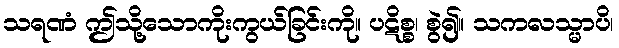
သရဏံ ဤသို့သောကိုးကွယ်ခြင်းကို။ ပဋိစ္စ၊ စွဲ၍။ သကလသ္မာပိ၊